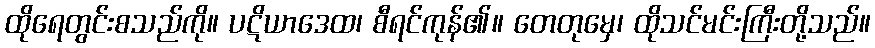
ထိုရေတွင်းစသည်ကို။ ပဋိယာဒေထ၊ စီရင်ကုန်၏။ တေတုမှေ၊ ထိုသင်မင်းကြီးတို့သည်။